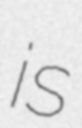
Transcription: is